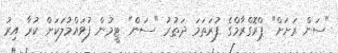
"ސަން ރަށަށް" ޕްރޮގްރާމްގެ ފުރަތަމަ ދަތުރު "ސަން" ޓީމުން ފުވައްމުލަކަށް ކުރާ އިރު